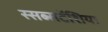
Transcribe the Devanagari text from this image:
स्सब्सटेंशिया